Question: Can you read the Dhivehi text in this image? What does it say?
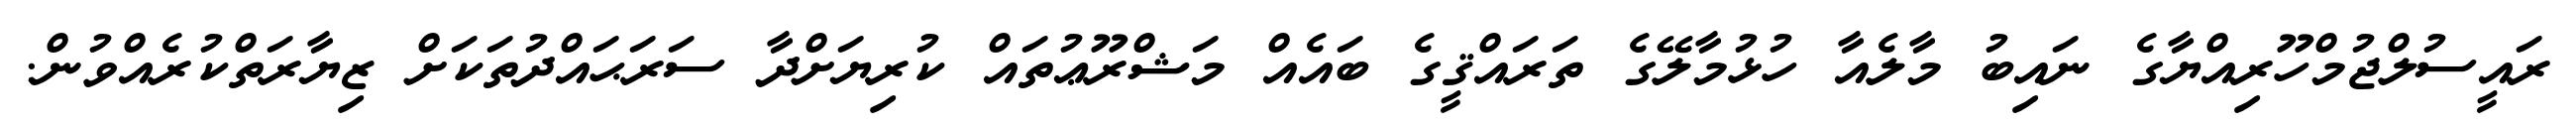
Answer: ރައީސުލްޖުމްހޫރިއްޔާގެ ނައިބު މާލެއާ ހުޅުމާލޭގެ ތަރައްޤީގެ ބައެއް މަޝްރޫޢުތައް ކުރިޔަށްދާ ސަރަޙައްދުތަކަށް ޒިޔާރަތްކުރެއްވުން.